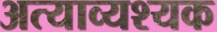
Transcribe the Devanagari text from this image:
अत्याव्यश्यक